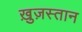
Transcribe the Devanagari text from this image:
ख़ुज़स्तान